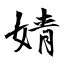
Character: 婧